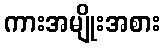
ကားအမျိုးအစား